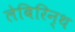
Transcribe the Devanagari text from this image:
लेबिरिन्थ